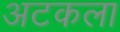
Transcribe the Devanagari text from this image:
अटकला